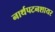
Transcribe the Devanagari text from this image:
नार्थपटनशायर